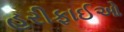
હરીફાઈઓ